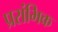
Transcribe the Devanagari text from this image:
प्ररांभिक